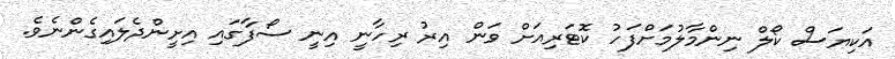
އަކިޔަސް ކޯލް ނިންމާލުމަށްފަހު ކޮޓަރިއަށް ވަން އިރު ރިހާނީ އިނީ ސޯފާގައި އިށީންދެލައިގެންނެވެ.